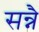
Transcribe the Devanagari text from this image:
सन्नै